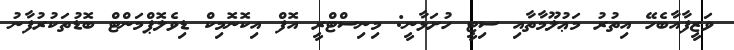
ވަޒީފާއާބެހޭ އިތުރު މަޢުލޫމާތާއި ސިޓީ ހުށަޅާނީ: މިނިސްޓްރީ އޮފް އިކޮނޮމިކް ޑިވެލޮޕްމަންޓް ބޮޑުތަކުރުފާނު